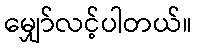
မျှော်လင့်ပါတယ်။